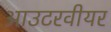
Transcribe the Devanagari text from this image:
आउटरवीयर